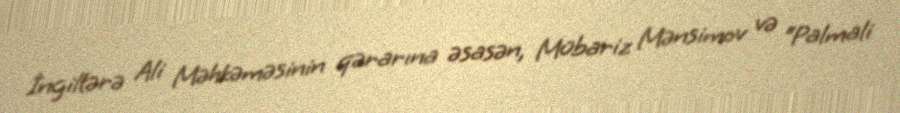
İngiltərə Ali Məhkəməsinin qərarına əsasən, Mübariz Mənsimov və “Palmali